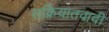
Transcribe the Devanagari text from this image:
सक्रियातवादी